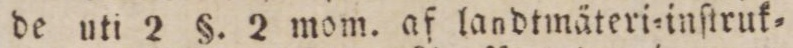
de uti 2 §. 2 mom. af landtmäteri=inſtruk=